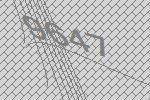
9647